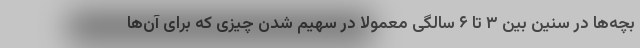
بچه‌ها در سنین بین ۳ تا ۶ سالگی معمولا در سهیم شدن چیزی که برای آن‌ها